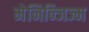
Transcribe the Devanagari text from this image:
मेनिन्जिज्म